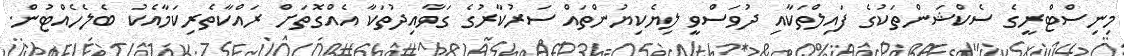
މިނިސްޓްރީގެ ސެކްޝަންތަކުގެ ފައިލްތަކާއި ދުވަސްވީ ލިޔެކިޔުންތައް ސަރުކާރުގެ ގަވާއިދުތަކާ އެއްގޮތަށް ރައްކާތެރިކަމާއެކު ބެލެހެއްޓުން.